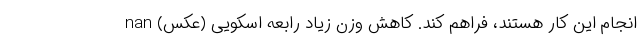
انجام این کار هستند، فراهم کند. کاهش وزن زیاد رابعه اسکویی (عکس) nan